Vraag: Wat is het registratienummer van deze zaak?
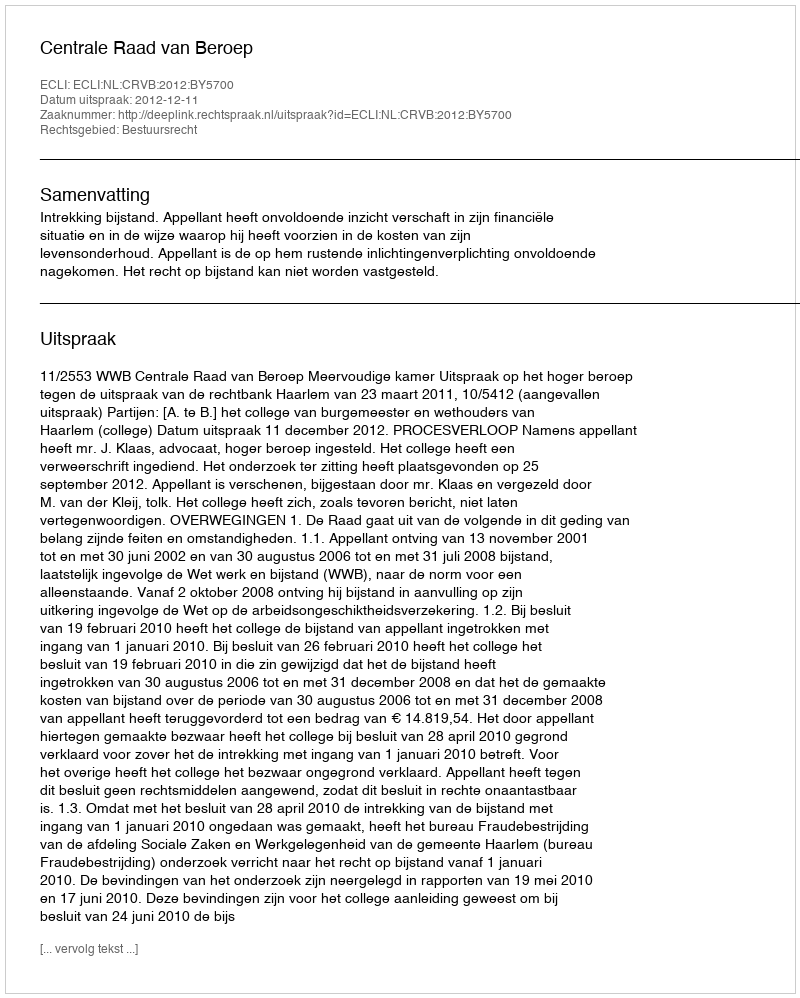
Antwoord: http://deeplink.rechtspraak.nl/uitspraak?id=ECLI:NL:CRVB:2012:BY5700